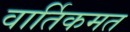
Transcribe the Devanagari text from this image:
वार्तिकमत